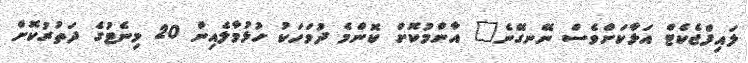
ލައިފްޖެކެޓް އަޅާކަށްވެސް ނޭނގޭނެ" އާންމުކޮށް ކޮންމެ ދުވަހަކު ހުޅުމާލެއިން 20 މިނެޓުގެ ދަތުރުކޮށް